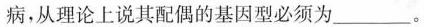
病，从理论上说其配偶的基因型必须为___。